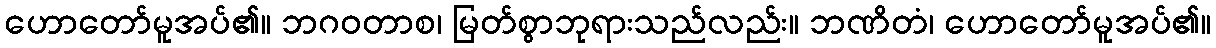
ဟောတော်မူအပ်၏။ ဘဂဝတာစ၊ မြတ်စွာဘုရားသည်လည်း။ ဘဏိတံ၊ ဟောတော်မူအပ်၏။